Indian journal of veterinary science and animal husbandry - Volumes 15-17, 1948-1951
Year: 1948
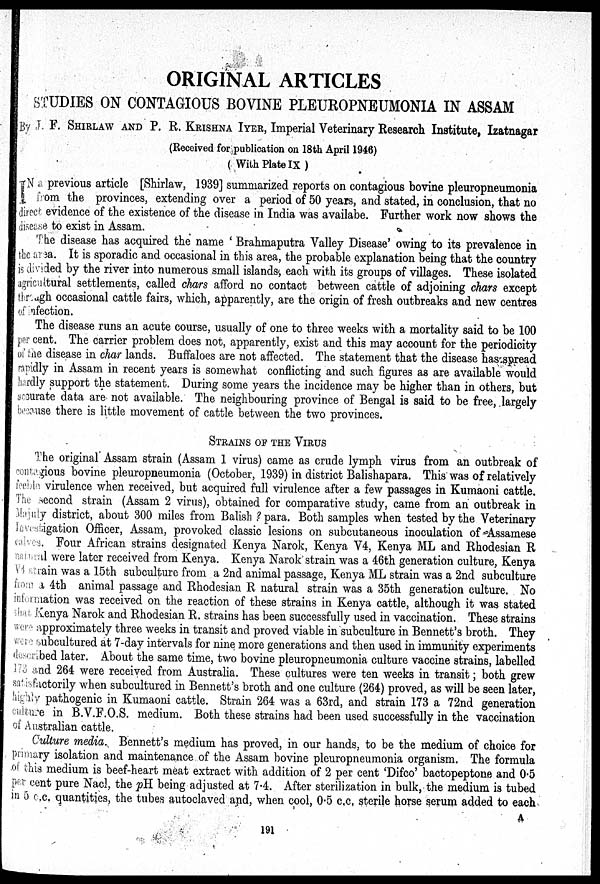
ORIGINAL ARTICLES
STUDIES ON CONTAGIOUS BOVINE PLEUROPNEUMONIA IN ASSAM
By J. F. SHIRLAW AND P. R. KRISHNA IYER, Imperial Veterinary Research Institute, Izatnagar
(Received for publication on 18th April 1946)
( With Plate IX )
IN a previous article [Shirlaw, 1939] summarized reports on contagious bovine pleuropneumonia
from the provinces, extending over a period of 50 years, and stated, in conclusion, that no
direct evidence of the existence of the disease in India was availabe. Further work now shows the
disease to exist in Assam.
The disease has acquired the name 'Brahmaputra Valley Disease' owing to its prevalence in
the area. It is sporadic and occasional in this area, the probable explanation being that the country
is divided by the river into numerous small islands, each with its groups of villages. These isolated
agricultural settlements, called chars afford no contact between cattle of adjoining chars except
through occasional cattle fairs, which, apparently, are the origin of fresh outbreaks and new centres
of infection.
The disease runs an acute course, usually of one to three weeks with a mortality said to be 100
per cent. The carrier problem does not, apparently, exist and this may account for the periodicity
of the disease in char lands. Buffaloes are not affected. The statement that the disease has spread
rapidly in Assam in recent years is somewhat conflicting and such figures as are available would
hardly support the statement. During some years the incidence may be higher than in others, but
accurate data are not available. The neighbouring province of Bengal is said to be free, largely
because there is little movement of cattle between the two provinces.
STRAINS OF THE VIRUS
The original Assam strain (Assam 1 virus) came as crude lymph virus from an outbreak of
contagious bovine pleuropneumonia (October, 1939) in district Balishapara. This was of relatively
feeble virulence when received, but acquired full virulence after a few passages in Kumaoni cattle.
The second strain (Assam 2 virus), obtained for comparative study, came from an outbreak in
Majuly district, about 300 miles from Balish? para. Both samples when tested by the Veterinary
Investigation Officer, Assam, provoked classic lesions on subcutaneous inoculation of Assamese
calves. Four African strains designated Kenya Narok, Kenya V4, Kenya ML and Rhodesian R
manual were later received from Kenya. Kenya Narok strain was a 46th generation culture, Kenya
V4 sctain was a 15th subculture from a 2nd animal passage, Kenya ML strain was a 2nd subculture
from a 4th animal passage and Rhodesian R natural strain was a 35th generation culture. No
information was received on the reaction of these strains in Kenya cattle, although it was stated
that Kenya Narok and Rhodesian R. strains has been successfully used in vaccination. These strains
were approximately three weeks in transit and proved viable in subculture in Bennett's broth. They
were subcultured at 7-day intervals for nine more generations and then used in immunity experiments
described later. About the same time, two bovine pleuropneumonia culture vaccine strains, labelled
173 and 264 were received from Australia. These cultures were ten weeks in transit; both grew
satisfactorily when subcultured in Bennett's broth and one culture (264) proved, as will be seen later,
highly pathogenic in Kumaoni cattle. Strain 264 was a 63rd, and strain 173 a 72nd generation
culture in B.V.F.O.S. medium. Both these strains had been used successfully in the vaccination
of Australian cattle.
Culture media. Bennett's medium has proved, in our hands, to be the medium of choice for
primary isolation and maintenance of the Assam bovine pleuropneumonia organism. The formula
of this medium is beef-heart meat extract with addition of 2 per cent 'Difco' bactopeptone and 0.5
per cent pure Nacl, the pH being adjusted at 7.4. After sterilization in bulk, the medium is tubed
in 5 c.c. quantities, the tubes autoclaved and, when cool, 0.5 c.c. sterile horse serum added to each
A
191